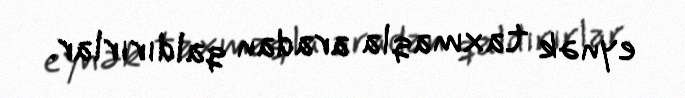
eynək taxmaqla aradan qaldırırlar.